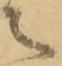
之